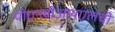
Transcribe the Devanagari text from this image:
पीएनबीआयएलची